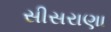
સીસરાણા